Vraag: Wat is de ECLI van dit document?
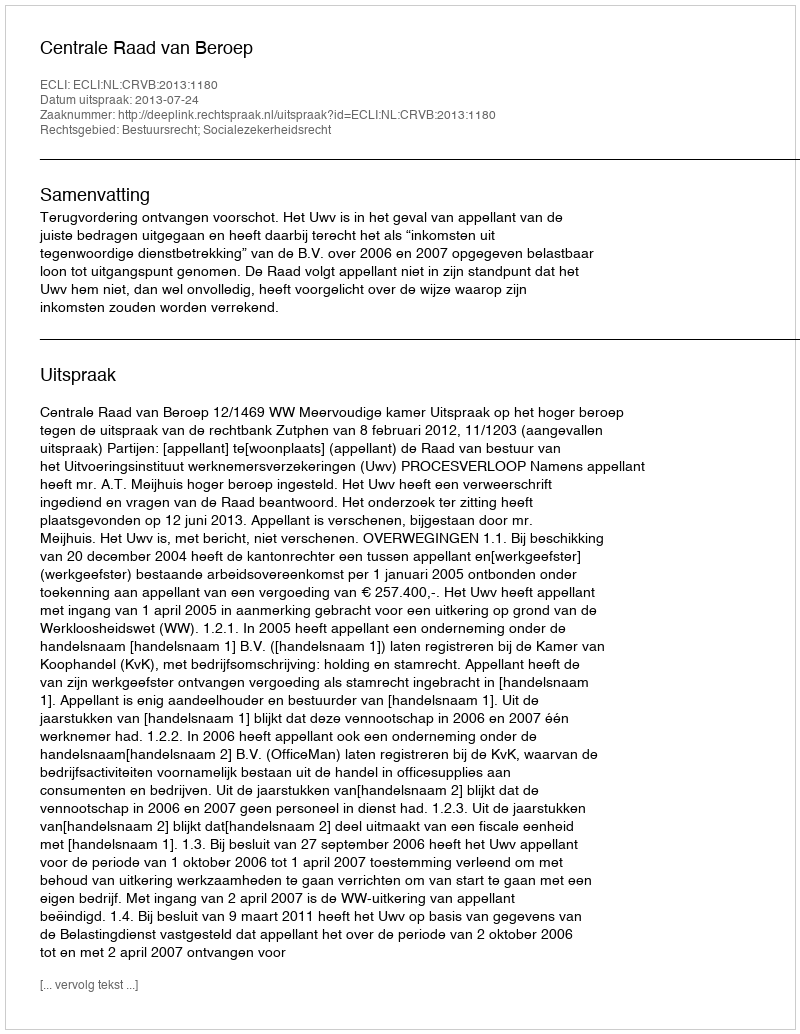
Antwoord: ECLI:NL:CRVB:2013:1180